Report on sanitation, dispensaries, and jails in Rajputana for 1915, and on vaccination for the year 1915-1916 - 1915-1916
Year: 1915
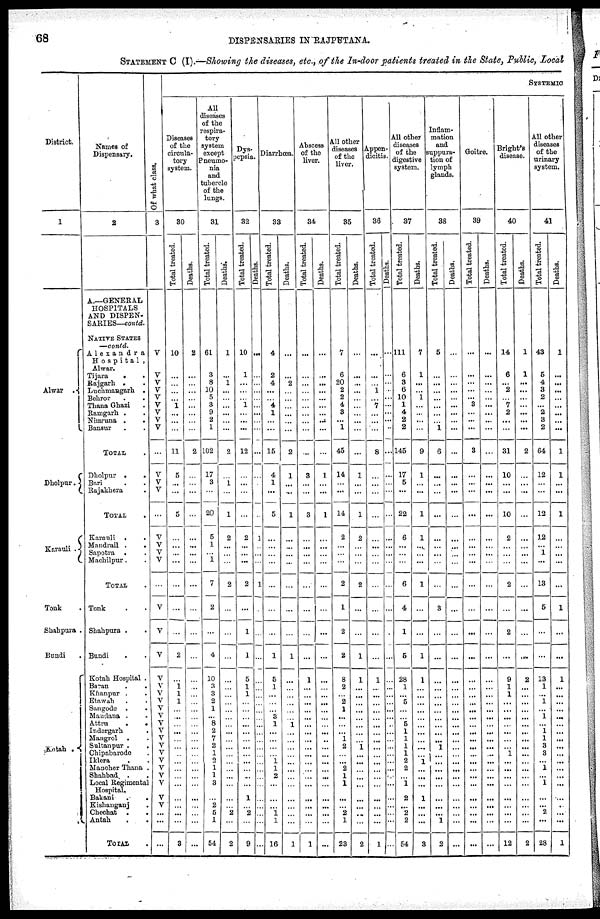
68
DISPENSARIES IN RAJPUTANA.
STATEMENT C (I).—Showing the diseases, etc., of the In-door patients treated in the State, Public, Local
District.
1
Alwar
.
Dholpur.
Karauli .
Tonk .
Shahpura .
Bundi .
Kotah .
Names of
Dispensary.
2
A.—GENERAL
HOSPITALS
AND DISPEN-
SARIES—contd.
NATIVE STATES
—contd.
Alexandra
Hospital,
Alwar.
Tijara
.
.
Rajgarh . .
Luchmangarh .
Behror
.
.
Thana Ghazi .
Ramgarh . .
Nimruna .
.
Bansur . .
TOTAL .
Dholpur
.
.
Bari . .
Rajakhera .
TOTAL .
Karauli . .
Mandrail .
.
Sapotra . .
Machilpur . .
TOTAL .
Tonk . .
Shahpura . .
Bundi
. .
Kotah Hospital .
Baran . .
Khanpur . .
Etawah . .
Sangode . .
Mundana . .
Attru . .
Indergarh .
Mangrol . .
Sultanpur . .
Chipabarode .
Iklera . .
Mancher Thana .
Shahbad . .
Local Regimental
Hospital.
Bakani
.
.
Kishanganj .
Chechat
. .
Antah
.
.
TOTAL .
Of what class.
3
V
V
V
V
V
V
V
V
V
...
V
V
V
...
V
V
V
V
...
V
V
V
V
V
V
V
V
V
V
V
V
V
V
V
V
V
V
V
V
...
...
...
SYSTEMIC
Diseases
of the
circula-
tory
system.
30
Total treated.
10
...
...
...
...
1
...
...
...
11
5
...
...
5
...
...
...
...
...
...
...
2
...
1 1
1
...
...
...
...
...
...
...
...
...
...
...
...
...
...
...
3
Deaths.
2
...
...
...
...
...
...
...
...
2
...
...
...
...
...
...
...
...
...
...
...
...
...
...
...
...
...
...
...
...
...
...
...
...
...
...
...
...
...
...
...
...
All
diseases
of the
respira-
tory
system
except
Pneumo-
nia
and
tubercle
of the
lungs.
31
Total treated.
61
3
8
10
5
3
9
2
1
102
17
3
...
20
5
1
...
1
7
2
...
4
10
3
3
2
1
...
8
2
7
2
1
2
1
1
3
...
2
5
1
54
Deaths.
1
...
1
...
...
...
...
...
...
2
...
1
...
1
2
...
...
...
2
...
...
...
...
...
...
...
...
...
...
...
...
...
...
...
...
...
...
...
...
2
...
2
Dys-
pepsia.
32
Total treated.
10
1
...
...
... 1
...
...
...
12
...
...
...
...
2
...
...
...
2
...
1
1
5
1
1
...
...
...
...
...
...
...
...
...
...
...
...
1
...
2
...
9
Deaths.
...
...
...
...
...
...
...
...
...
...
...
...
...
...
1
...
...
...
1
...
...
...
...
...
...
...
...
...
...
...
...
...
...
...
...
...
...
...
...
...
...
...
Diarrhœa.
33
Total treated.
4
2
4
...
...
4
1
...
...
15
4
1
...
5
...
...
...
...
...
...
...
1
5
1
...
...
...
3
1
...
...
...
...
1
1
2
...
...
...
1
1
16
Deaths.
...
...
2
...
...
...
...
...
...
2
1
...
...
1
...
...
...
...
...
...
...
1
...
...
...
...
...
...
1
...
...
...
...
...
...
...
...
...
...
...
...
1
Abscess
of the
liver.
34
Total treated.
...
...
...
...
...
...
...
...
...
...
3
...
...
3
...
...
...
...
...
...
...
...
1
...
...
...
...
...
...
...
...
...
...
...
...
...
...
...
...
...
...
1
Deaths.
...
...
...
...
...
...
...
...
...
...
1
...
...
1
...
...
...
...
...
...
...
...
...
...
...
...
...
...
...
...
...
...
...
...
...
...
...
...
...
...
...
...
All other
diseases
of the
liver.
35
Total treated.
7
6
20
2
2
4
3
...
1
45
14
...
...
14
2
...
...
...
2
1
2
2
8
2
...
2
1
...
...
...
1
2
...
...
2
1
1
...
...
2
1
23
Deaths.
...
...
...
...
...
...
...
...
...
...
1
...
...
1
2
...
...
...
2
...
...
1
1
...
...
...
...
...
...
...
...
1
...
...
...
...
...
...
...
...
...
2
Appen-
dicitis.
36
Total treated.
...
...
...
1
...
7
...
...
...
8
...
...
...
...
...
...
...
...
...
...
...
...
1
...
...
...
...
...
...
...
...
...
...
...
...
...
...
...
...
...
...
1
Deaths.
...
...
...
...
...
...
...
...
...
...
...
...
...
...
...
...
...
...
...
...
...
...
...
...
...
...
...
...
...
...
...
...
...
...
...
...
...
...
...
...
...
...
All other
diseases
of the
digestive
system.
37
Total treated.
111
6
3
6
10
1
4
2
2
145
17
5
...
22
6
...
...
...
6
4
1
5
28
1
...
5
...
...
5
1
1
1
1
2
2
...
1
2
...
2
2
54
Deaths.
7
1
...
...
1
...
...
...
...
9
1
...
...
1
1
...
...
...
1
...
...
1
1
...
...
...
...
...
...
...
...
...
...
1
...
...
...
1
...
...
...
3
Inflam-
mation
and
suppura-
tion of
lymph
glands.
38
Total treated.
5
...
...
...
...
...
...
...
1
6
...
...
...
...
...
...
...
...
...
3
...
...
...
...
...
...
...
...
...
...
...
1
...
...
...
...
...
...
...
...
1
2
Deaths.
...
...
...
...
...
...
...
...
...
...
...
...
...
...
...
...
...
...
...
...
...
...
...
...
...
...
...
...
...
...
...
...
...
...
...
...
...
...
...
...
...
...
Goitre.
39
Total treated.
...
...
...
...
...
3
...
...
...
3
...
...
...
...
...
...
...
...
...
...
...
...
...
...
...
...
...
...
...
...
...
...
...
...
...
...
...
...
...
...
...
...
Deaths.
...
...
...
...
...
...
...
...
...
...
...
...
...
...
...
...
...
...
...
...
...
...
...
...
...
...
...
...
...
...
...
...
...
...
...
...
...
...
...
...
...
...
Bright's
disease.
40
Total treated.
14
6
...
2
...
7
2
...
...
31
10
...
...
10
2
...
...
...
2
...
2
...
9
1
1
...
...
...
...
...
...
...
1
...
...
...
...
...
...
...
...
12
Deaths.
1
1
...
...
...
...
...
...
...
2
...
...
...
...
...
...
...
...
...
...
...
...
2
...
...
...
...
...
...
...
...
...
...
...
...
...
...
...
...
...
...
2
All other
diseases
of the
urinary
system.
41
Total treated.
43
5
4
3
2
...
2
3
2
64
12
...
...
12
12
...
1
...
13
5
...
...
13
1
...
1
...
1
...
1
1
3
3
...
1
...
1
...
...
2
...
28
Deaths.
1
...
...
...
...
...
...
...
...
1
1
...
...
1
...
...
...
...
...
1
...
...
1
...
...
...
...
...
...
...
...
...
...
...
...
...
...
...
...
...
...
1